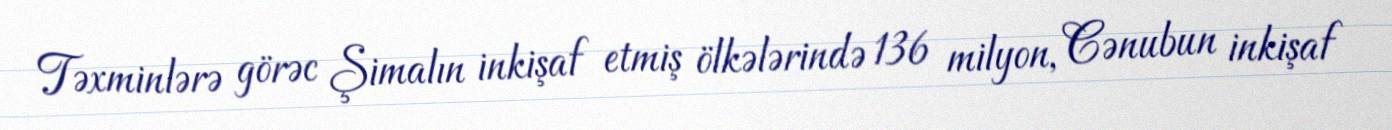
Təxminlərə görəc Şimalın inkişaf etmiş ölkələrində 136 milyon, Cənubun inkişaf